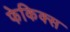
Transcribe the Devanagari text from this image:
फेकिक्स